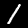
Label: 1